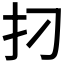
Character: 𰒺